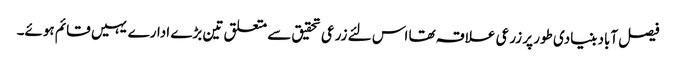
فیصل آباد بنیادی طور پر زرعی علاقہ تھا اس لئے زرعی تحقیق سے متعلق تین بڑے ادارے یہیں قائم ہوئے۔